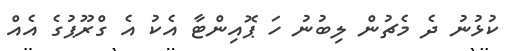
ކުޅުނު ދެ މެޗުން ލިބުނު ހަ ޕޮއިންޓާ އެކު އެ ގްރޫޕުގެ އެއް